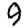
Digit: 9